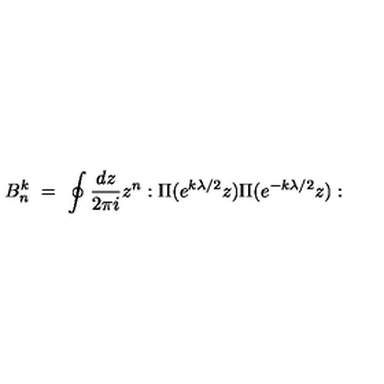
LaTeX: B _ { n } ^ { k } \ = \ \oint { \frac { d z } { 2 \pi i } } z ^ { n } : \Pi ( e ^ { k \lambda / 2 } z ) \Pi ( e ^ { - k \lambda / 2 } z ) :